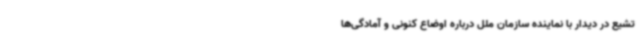
تشیع در دیدار با نماینده سازمان ملل درباره اوضاع کنونی و آمادگی‌ها